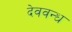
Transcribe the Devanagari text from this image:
देववन्ध